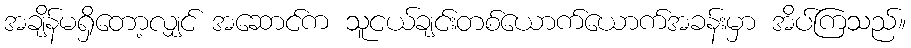
အချိန်မရှိတော့လျှင် အဆောင်က သူငယ်ချင်းတစ်ယောက်ယောက်အခန်းမှာ အိပ်ကြသည်။